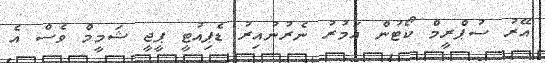
އޭރު ސުޕްރީމް ކޯޓުން އަމުރު ނެރުނުއިރު ޑެޕިއުޓީ ޕީޖީ ޝަމީމް ވެސް އެ